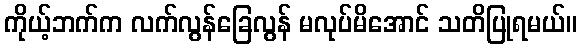
ကိုယ့်ဘက်က လက်လွန်ခြေလွန် မလုပ်မိအောင် သတိပြုရမယ်။